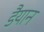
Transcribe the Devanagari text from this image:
डैयान